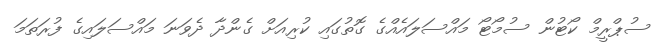
ސުޕްރީމް ކޯޓުން ސުމޯޓޯ މައްސަލައެއްގެ ގޮތުގައި ކުރިއަށް ގެންދާ ދެވަނަ މައްސަލައިގެ ފުރަތަމަ